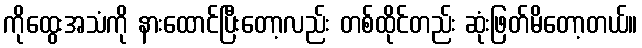
ကိုထွေးအသံကို နားထောင်ပြီးတော့လည်း တစ်ထိုင်တည်း ဆုံးဖြတ်မိတော့တယ်။